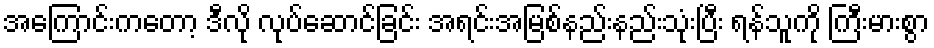
အကြောင်းကတော့ ဒီလို လုပ်ဆောင်ခြင်း အရင်းအမြစ်နည်းနည်းသုံးပြီး ရန်သူကို ကြီးမားစွာ